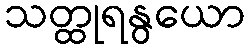
သတ္ထုရနွယော